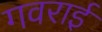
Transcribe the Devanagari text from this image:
गवराई